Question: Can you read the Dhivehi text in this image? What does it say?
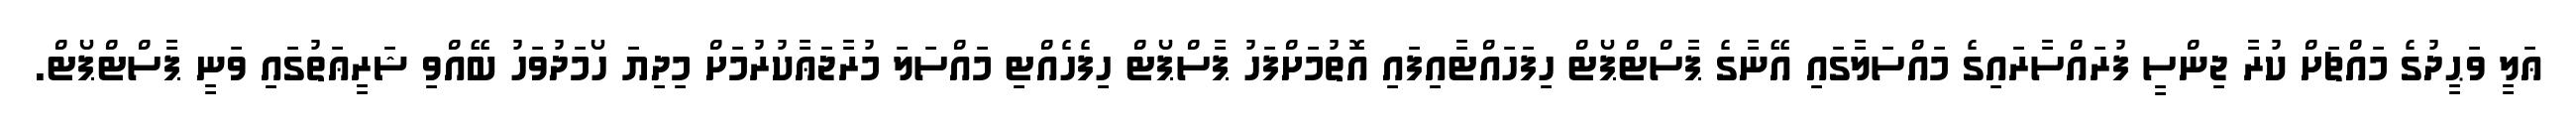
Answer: ޢަލީ ވަޙީދުގެ މައްޗަށް ކުރާ ޖިންސީ ފުރައްސާރައިގެ މައްސަލާގައި އޭނާގެ ޕާސްޓްޕޯޓް ހިފަހައްޓާއިފައި އޮތުމަށްފަހު ޕާސްޕޯޓް ހިފެހެއްޓި މައްސަލަ މުރާޖަޢާކުރުމަށް މިދިޔަ ހޯމަދުވަހު ބޭއްވި ޝަރީޢަތުގައި ވަނީ ޕާސްޓްޕޯޓް.